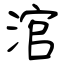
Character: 涫